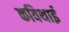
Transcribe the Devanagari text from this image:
कविथाई